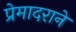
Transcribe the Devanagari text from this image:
प्रेमादराने